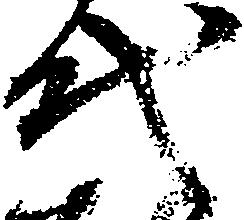
代